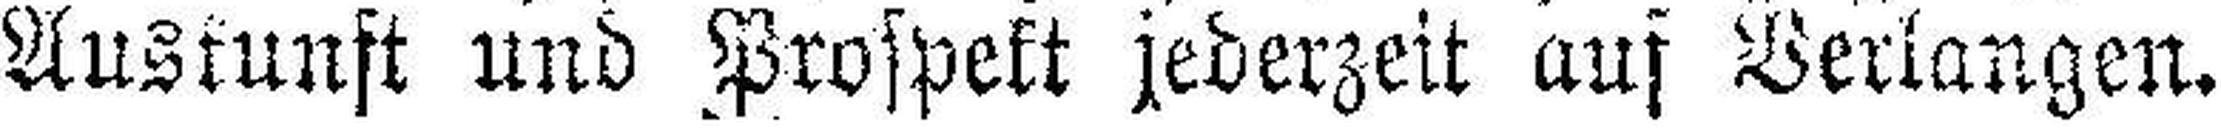
Auskunft und Prospekt jederzeit aus Verlangen.